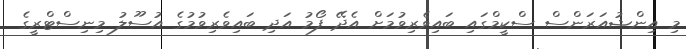
މި އިންޝުއަރަންސް ސްކީމްގައި ބައިވެރިވުމަށް އެދޭ ފޯމު އަދި ބައިވެރިވުމުގެ އުސޫލު މިނިސްޓްރީގެ